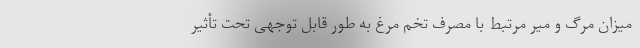
میزان مرگ و میر مرتبط با مصرف تخم مرغ به طور قابل توجهی تحت تأثیر